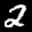
Label: 2